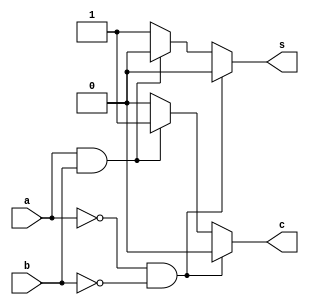
`timescale 1ns / 1ps
//////////////////////////////////////////////////////////////////////////////////
// Company: 
// Engineer: 
// 
// Design Name: 
// Module Name:    half_add 
// Project Name: 
// Target Devices: 
// Tool versions: 
// Description: 
//
// Dependencies: 
//
// Revision: 
// Revision 0.01 - File Created
// Additional Comments: 
//
//////////////////////////////////////////////////////////////////////////////////
module half_add(
    input a,b,
    output reg s,c
	 );
	 
	 always@(a,b)
	 if ( a==0 & b==0)
	  begin
	   s=0; c=0;
	  end
	 else if ( a==1 & b==1)
	  begin
	   s=0; c=1;
	  end
	 else
	  begin
	   s=1; c=0;
	  end
endmodule